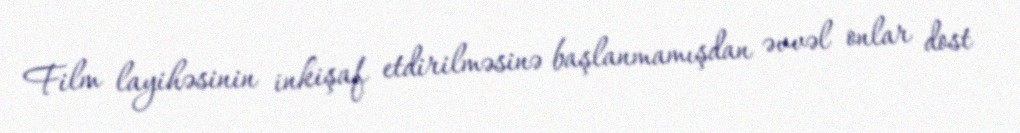
Film layihəsinin inkişaf etdirilməsinə başlanmamışdan əvvəl onlar dost